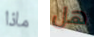
ماذا هل